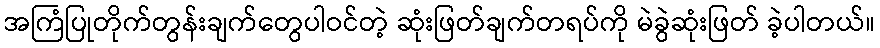
အကြံပြုတိုက်တွန်းချက်တွေပါဝင်တဲ့ ဆုံးဖြတ်ချက်တရပ်ကို မဲခွဲဆုံးဖြတ် ခဲ့ပါတယ်။